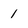
Character: 1